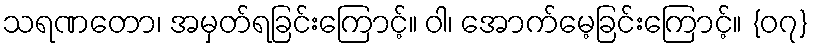
သရဏတော၊ အမှတ်ရခြင်းကြောင့်။ ဝါ၊ အောက်မေ့ခြင်းကြောင့်။ {၀၇}